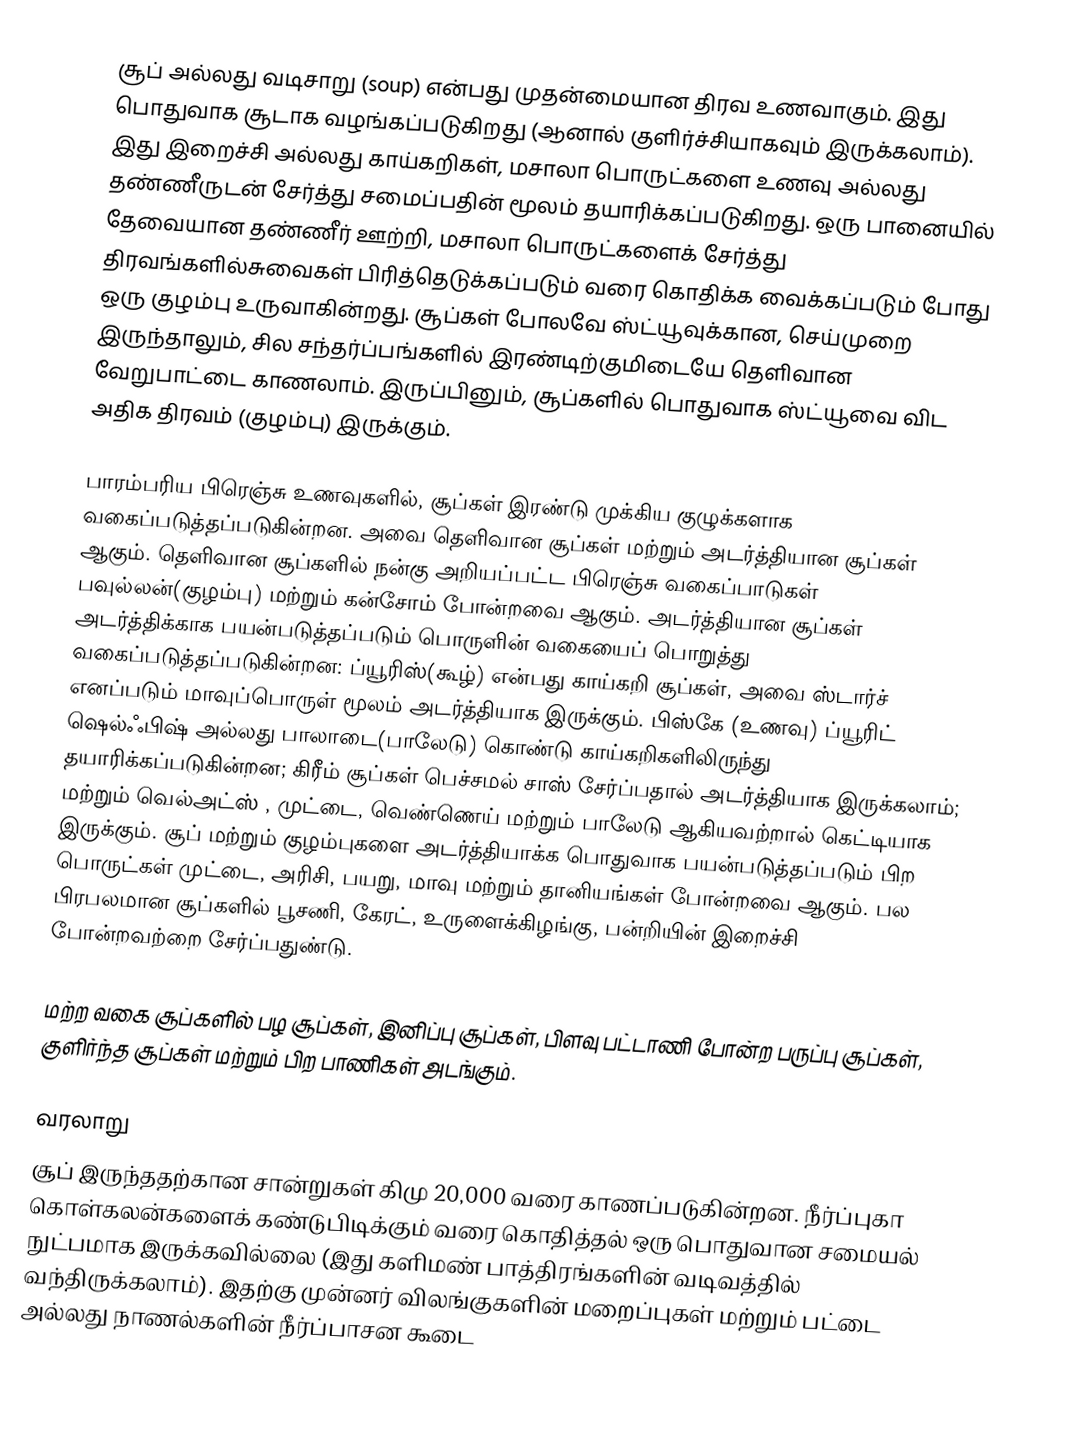
சூப் அல்லது வடிசாறு (soup) என்பது முதன்மையான திரவ உணவாகும். இது பொதுவாக  சூடாக வழங்கப்படுகிறது (ஆனால் குளிர்ச்சியாகவும்  இருக்கலாம்).  இது இறைச்சி அல்லது காய்கறிகள், மசாலா  பொருட்களை உணவு அல்லது தண்ணீருடன் சேர்த்து சமைப்பதின்  மூலம் தயாரிக்கப்படுகிறது.  ஒரு பானையில்  தேவையான தண்ணீர் ஊற்றி, மசாலா பொருட்களைக் சேர்த்து  திரவங்களில்சுவைகள் பிரித்தெடுக்கப்படும் வரை கொதிக்க வைக்கப்படும் போது ஒரு குழம்பு உருவாகின்றது. சூப்கள் போலவே ஸ்ட்யூவுக்கான, செய்முறை இருந்தாலும்,  சில சந்தர்ப்பங்களில் இரண்டிற்குமிடையே தெளிவான வேறுபாட்டை காணலாம்.   இருப்பினும், சூப்களில் பொதுவாக ஸ்ட்யூவை விட அதிக திரவம் (குழம்பு) இருக்கும்.

பாரம்பரிய பிரெஞ்சு உணவுகளில், சூப்கள் இரண்டு முக்கிய குழுக்களாக வகைப்படுத்தப்படுகின்றன. அவை தெளிவான சூப்கள் மற்றும் அடர்த்தியான சூப்கள் ஆகும். தெளிவான சூப்களில் நன்கு அறியப்பட்ட பிரெஞ்சு வகைப்பாடுகள் பவுல்லன்(குழம்பு) மற்றும் கன்சோம் போன்றவை ஆகும். அடர்த்தியான சூப்கள் அடர்த்திக்காக பயன்படுத்தப்படும் பொருளின் வகையைப் பொறுத்து வகைப்படுத்தப்படுகின்றன: ப்யூரிஸ்(கூழ்) என்பது காய்கறி சூப்கள், அவை ஸ்டார்ச் எனப்படும் மாவுப்பொருள் மூலம் அடர்த்தியாக இருக்கும்.  பிஸ்கே (உணவு) ப்யூரிட் ஷெல்ஃபிஷ் அல்லது பாலாடை(பாலேடு) கொண்டு  காய்கறிகளிலிருந்து தயாரிக்கப்படுகின்றன; கிரீம் சூப்கள் பெச்சமல் சாஸ் சேர்ப்பதால் அடர்த்தியாக  இருக்கலாம்; மற்றும் வெல்அட்ஸ் , முட்டை, வெண்ணெய் மற்றும் பாலேடு  ஆகியவற்றால் கெட்டியாக இருக்கும். சூப் மற்றும் குழம்புகளை அடர்த்தியாக்க  பொதுவாக பயன்படுத்தப்படும் பிற பொருட்கள் முட்டை, அரிசி, பயறு, மாவு மற்றும் தானியங்கள் போன்றவை ஆகும்.  பல பிரபலமான சூப்களில் பூசணி, கேரட், உருளைக்கிழங்கு, பன்றியின் இறைச்சி போன்றவற்றை சேர்ப்பதுண்டு.

மற்ற வகை சூப்களில் பழ சூப்கள், இனிப்பு சூப்கள், பிளவு பட்டாணி போன்ற பருப்பு சூப்கள், குளிர்ந்த சூப்கள் மற்றும் பிற பாணிகள் அடங்கும்.

வரலாறு
சூப் இருந்ததற்கான சான்றுகள் கிமு 20,000 வரை காணப்படுகின்றன. நீர்ப்புகா கொள்கலன்களைக் கண்டுபிடிக்கும் வரை கொதித்தல் ஒரு பொதுவான சமையல் நுட்பமாக இருக்கவில்லை (இது களிமண் பாத்திரங்களின் வடிவத்தில் வந்திருக்கலாம்). இதற்கு முன்னர் விலங்குகளின் மறைப்புகள் மற்றும் பட்டை அல்லது நாணல்களின் நீர்ப்பாசன கூடை